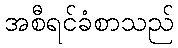
အစီရင်ခံစာသည်